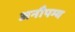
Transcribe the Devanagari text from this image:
अनौपम्य